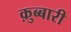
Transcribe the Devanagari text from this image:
क़ुब्बारी